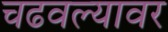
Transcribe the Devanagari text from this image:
चढवल्यावर